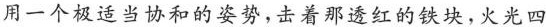
用一个极适当协和的姿势，击着那透红的铁块，火光四